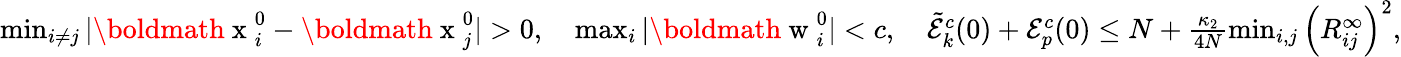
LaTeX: \begin{array}{r}{\operatorname*{min}_{i\neq j}|\mathrm{\boldmath~x~}_{i}^{0}-\mathrm{\boldmath~x~}_{j}^{0}|>0,\quad\operatorname*{max}_{i}|\mathrm{\boldmath~w~}_{i}^{0}|<c,\quad\tilde{\mathcal{E}}_{k}^{c}(0)+\mathcal{E}_{p}^{c}(0)\leq N+\frac{\kappa_{2}}{4N}\operatorname*{min}_{i,j}\left(R_{ij}^{\infty}\right)^{2},}\end{array}